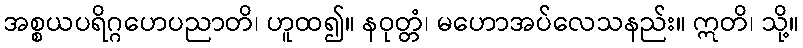
အစ္စယပရိဂ္ဂဟေပညာတိ၊ ဟူထ၍။ နဝုတ္တံ၊ မဟောအပ်လေသနည်း။ ဣတိ၊ သို့။